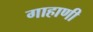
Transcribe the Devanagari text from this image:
गाहाणी